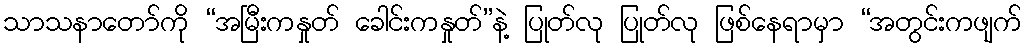
သာသနာတော်ကို “အမြီးကနှုတ် ခေါင်းကနှုတ်”နဲ့ ပြုတ်လု ပြုတ်လု ဖြစ်နေရာမှာ “အတွင်းကဖျက်